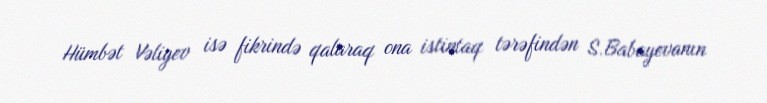
Hümbət Vəliyev isə fikrində qalaraq ona istintaq tərəfindən S.Babayevanın